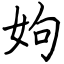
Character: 姁